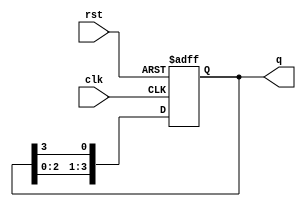
module ring_counter(
  input wire clk,
  input wire rst,
  output reg [3:0] q
);

  // Initializing the flip-flops in the ring counter
  always @(posedge clk or posedge rst) begin
    if(rst) begin
      q <= 4'b0001;
    end else begin
      q <= {q[2:0], q[3]};
    end
  end

endmodule